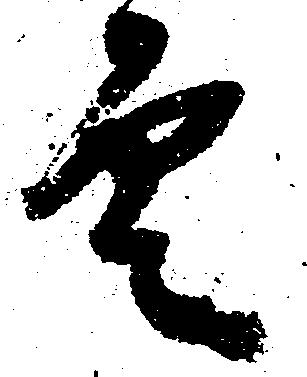
雲